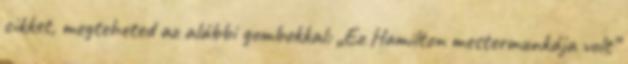
cikket, megteheted az alábbi gombokkal: „Ez Hamilton mestermunkája volt”